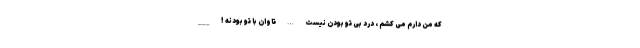
که من دارم می کشم ، درد بی تو بودن نیست … تاوان با تو بودنه ! ___